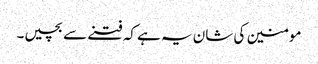
مومنین کی شان یہ ہے کہ فتنے سے بچیں۔